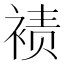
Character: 𫌀